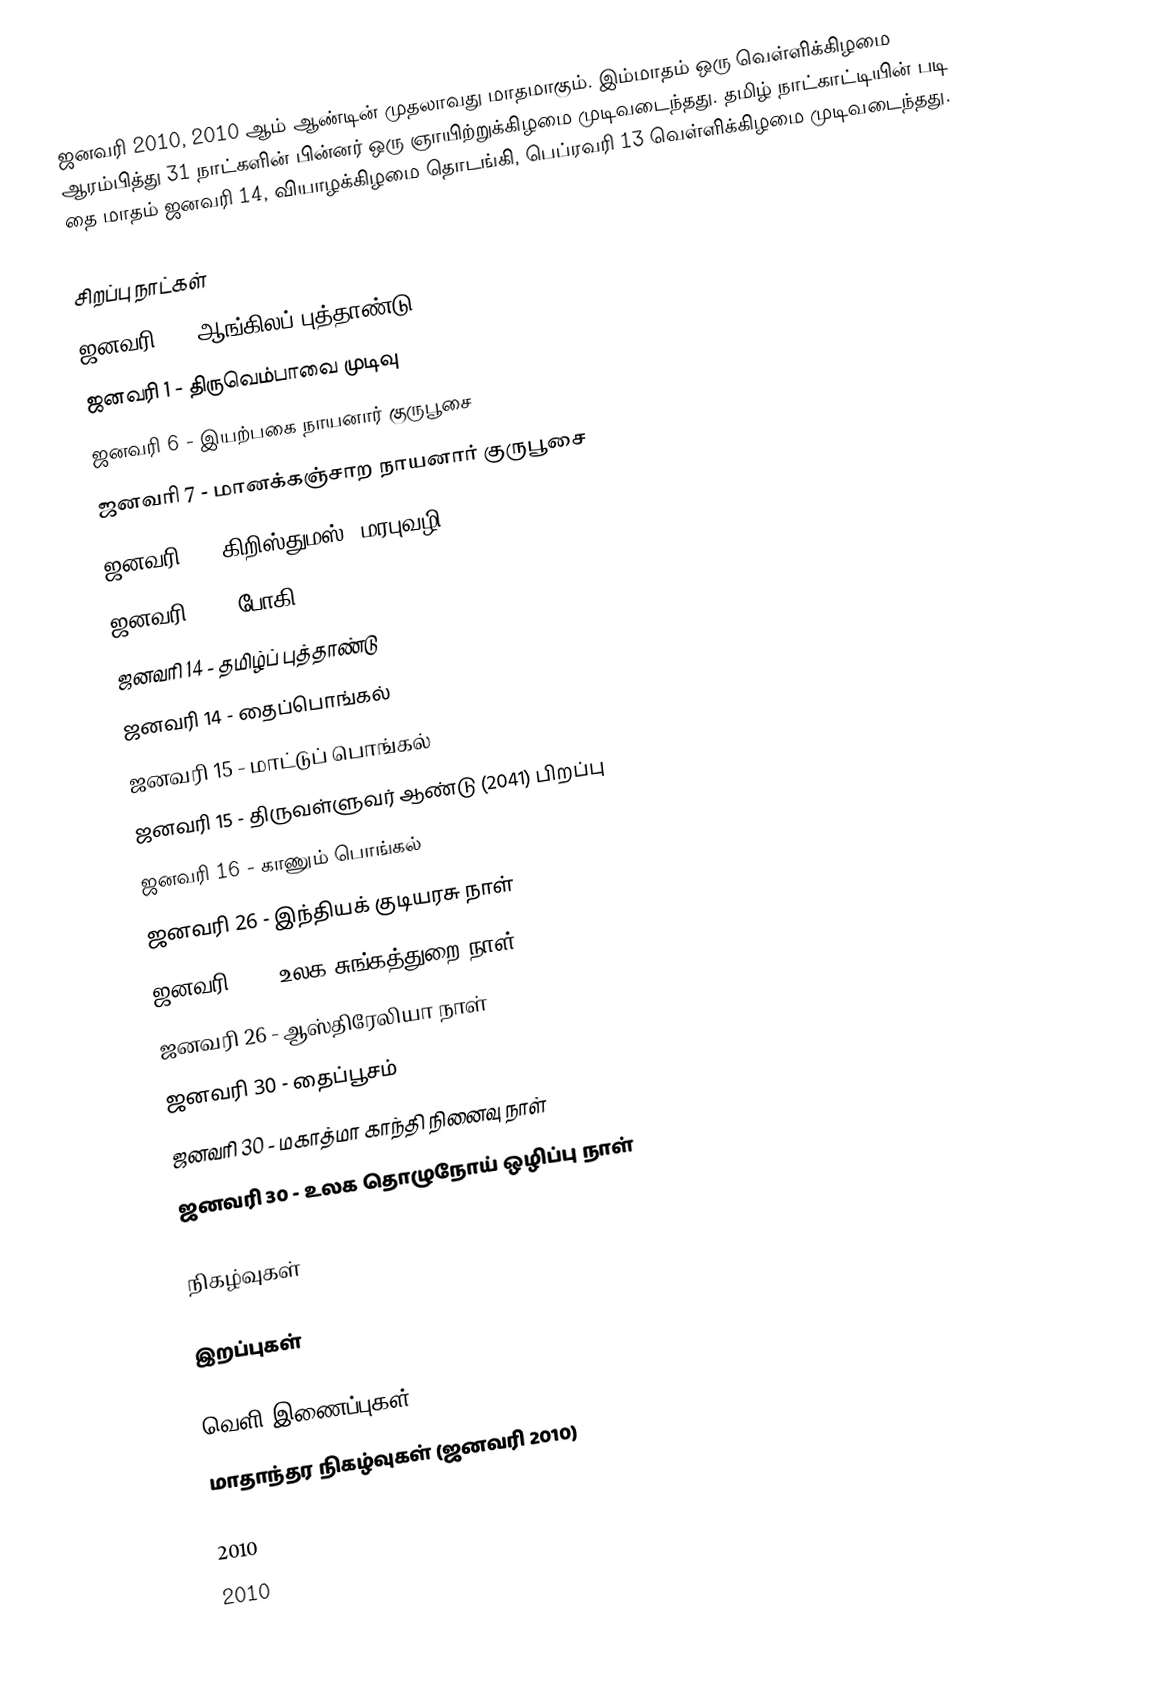
ஜனவரி 2010, 2010 ஆம் ஆண்டின் முதலாவது மாதமாகும். இம்மாதம் ஒரு வெள்ளிக்கிழமை ஆரம்பித்து 31 நாட்களின் பின்னர் ஒரு ஞாயிற்றுக்கிழமை முடிவடைந்தது. தமிழ் நாட்காட்டியின் படி தை மாதம் ஜனவரி 14, வியாழக்கிழமை தொடங்கி, பெப்ரவரி 13 வெள்ளிக்கிழமை முடிவடைந்தது.

சிறப்பு நாட்கள்
 ஜனவரி 1 - ஆங்கிலப் புத்தாண்டு
 ஜனவரி 1 - திருவெம்பாவை முடிவு
 ஜனவரி 6 - இயற்பகை நாயனார் குருபூசை
 ஜனவரி 7 - மானக்கஞ்சாற நாயனார் குருபூசை
 ஜனவரி 7 - கிறிஸ்துமஸ் (மரபுவழி)
 ஜனவரி 13 - போகி
 ஜனவரி 14 - தமிழ்ப் புத்தாண்டு
 ஜனவரி 14 - தைப்பொங்கல்
 ஜனவரி 15 - மாட்டுப் பொங்கல்
 ஜனவரி 15 - திருவள்ளுவர் ஆண்டு (2041) பிறப்பு
 ஜனவரி 16 - காணும் பொங்கல்
 ஜனவரி 26 - இந்தியக் குடியரசு நாள்
 ஜனவரி 26 - உலக சுங்கத்துறை நாள்
 ஜனவரி 26 - ஆஸ்திரேலியா நாள்
 ஜனவரி 30 - தைப்பூசம்
 ஜனவரி 30 - மகாத்மா காந்தி நினைவு நாள்
 ஜனவரி 30 - உலக தொழுநோய் ஒழிப்பு நாள்

நிகழ்வுகள்

இறப்புகள்

வெளி இணைப்புகள்
 மாதாந்தர நிகழ்வுகள் (ஜனவரி 2010)

2010
2010